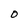
Character: O